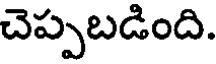
చెప్పబడింది.